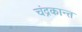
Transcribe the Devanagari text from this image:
चंद्रकान्त